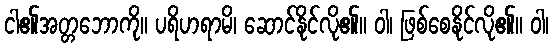
ငါ၏အတ္တဘောကို။ ပရိဟရာမိ၊ ဆောင်နိုင်လို၏။ ဝါ၊ ဖြစ်စေနိုင်လို၏။ ဝါ၊